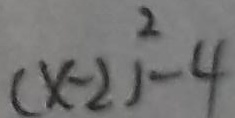
( x - 2 ) ^ { 2 } - 4